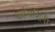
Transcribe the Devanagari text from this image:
अघंनाशिनी